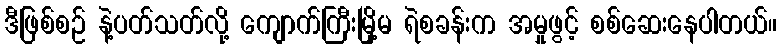
ဒီဖြစ်စဉ် နဲ့ပတ်သတ်လို့ ကျောက်ကြီးမြို့မ ရဲစခန်းက အမှုဖွင့် စစ်ဆေးနေပါတယ်။